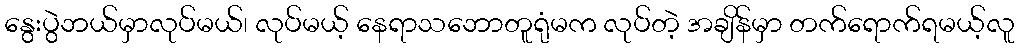
နွေးပွဲဘယ်မှာလုပ်မယ်၊ လုပ်မယ့် နေရာသဘောတူရုံမက လုပ်တဲ့ အချိန်မှာ တက်ရောက်ရမယ့်လူ